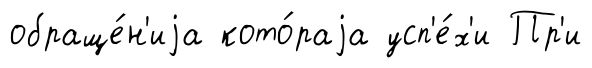
обраще́н'иjа кото́раjа усп'е́х'и Пр'и